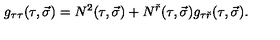
g _ { \tau \tau } ( \tau , \vec { \sigma } ) = N ^ { 2 } ( \tau , \vec { \sigma } ) + N ^ { \check { r } } ( \tau , \vec { \sigma } ) g _ { \tau \check { r } } ( \tau , \vec { \sigma } ) .